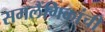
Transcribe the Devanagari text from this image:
समलैंगिकांची